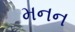
મનન